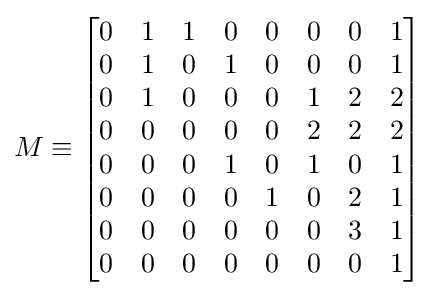
M\equiv {\begin{bmatrix}0&1&1&0&0&0&0&1\\0&1&0&1&0&0&0&1\\0&1&0&0&0&1&2&2\\0&0&0&0&0&2&2&2\\0&0&0&1&0&1&0&1\\0&0&0&0&1&0&2&1\\0&0&0&0&0&0&3&1\\0&0&0&0&0&0&0&1\end{bmatrix}}